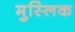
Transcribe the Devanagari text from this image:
मुस्लिक